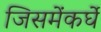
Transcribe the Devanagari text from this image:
जिसमेंकर्घे